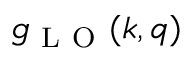
g _ { \mathrm { ~ L ~ O ~ } } ( \boldsymbol { k } , \boldsymbol { q } )